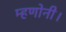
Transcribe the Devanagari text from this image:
म्हणोनी।